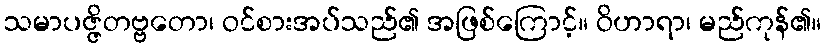
သမာပဇ္ဇိတဗ္ဗတော၊ ဝင်စားအပ်သည်၏ အဖြစ်ကြောင့်။ ဝိဟာရာ၊ မည်ကုန်၏။